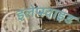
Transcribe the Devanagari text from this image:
इलेप्स्वाइड